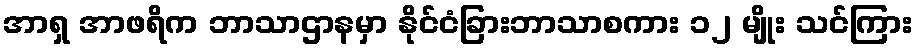
အာရှ အာဖရိက ဘာသာဌာနမှာ နိုင်ငံခြားဘာသာစကား ၁၂ မျိုး သင်ကြား